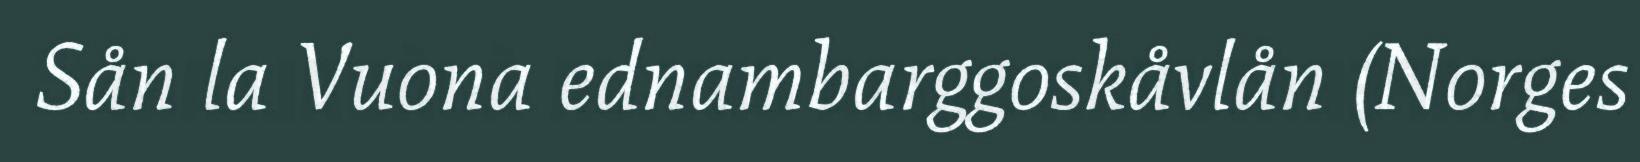
Sån la Vuona ednambarggoskåvlån (Norges